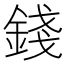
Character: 錢